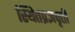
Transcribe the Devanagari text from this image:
स्थितप्रज्ञवृत्ती